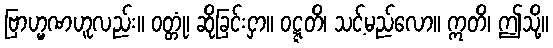
ဗြာဟ္မဏဟူလည်း။ ဝတ္တုံ၊ ဆိုခြင်းငှာ။ ဝဋ္ဋတိ၊ သင့်မည်လော။ ဣတိ၊ ဤသို့။